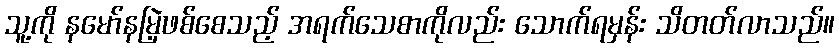
သူ့ကို နမော်နမြဲ့ဖစ်စေသည့် အရက်သေစာကိုလည်း သောက်ရမှန်း သိတတ်လာသည်။